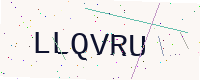
Text: LLQVRU